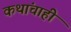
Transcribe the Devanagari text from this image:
कथांचाही